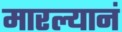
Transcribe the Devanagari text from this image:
मारल्यानं